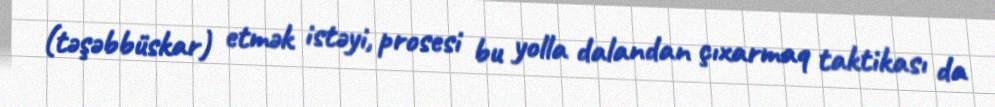
(təşəbbüskar) etmək istəyi, prosesi bu yolla dalandan çıxarmaq taktikası da